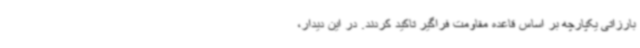
بارزاتی یکپارچه بر اساس قاعده مقاومت فراگیر تاکید کردند. در این دیدار،